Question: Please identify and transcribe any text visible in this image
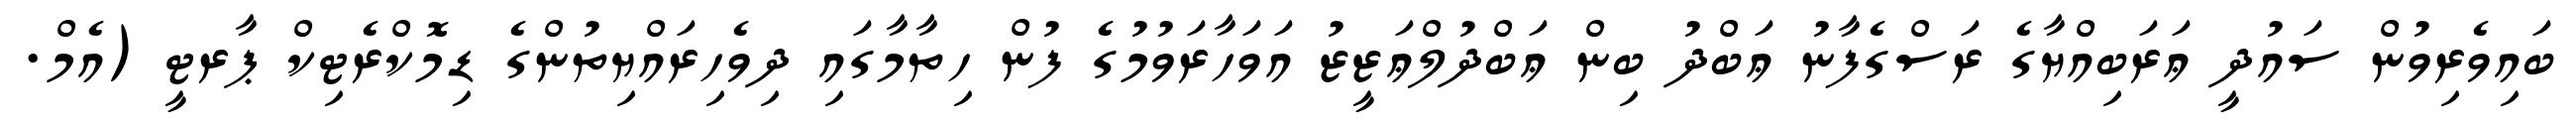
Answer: ބައިވެރިވުން ސައުދީ ޢަރަބިއްޔާގެ ރަސްގެފާނު ޢަބްދު ބިން ޢަބްދުލްޢަޒީޒު އަވަހާރަވުމުގެ ފުން ހިތާމާގައި ދިވެހިރައްޔިތުންގެ ޑިމޮކްރެޓިކް ޕާރޓީ (އެމް.